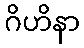
ဂိဟိနာ